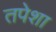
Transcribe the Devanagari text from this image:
तपेशा